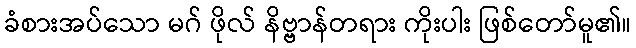
ခံစားအပ်သော မဂ် ဖိုလ် နိဗ္ဗာန်တရား ကိုးပါး ဖြစ်တော်မူ၏။